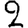
Digit: 2